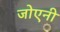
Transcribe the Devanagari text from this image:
जोएनी